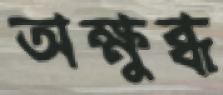
অক্ষুব্ধ